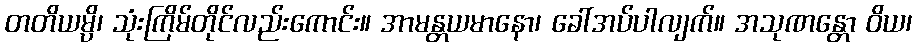
တတိယမ္ပိ၊ သုံးကြိမ်တိုင်လည်းကောင်း။ အာမန္တယမာနော၊ ခေါ်အပ်ပါလျက်။ အသုဏန္တော ဝိယ၊